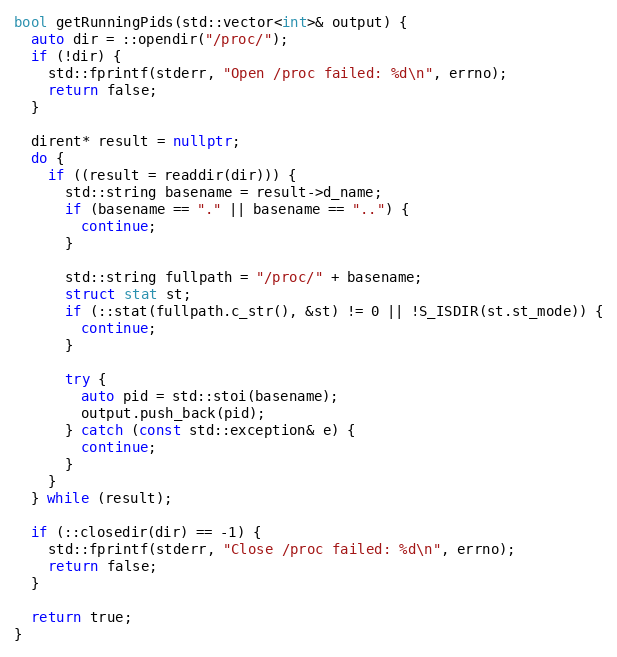
Language: C++
bool getRunningPids(std::vector<int>& output) {
  auto dir = ::opendir("/proc/");
  if (!dir) {
    std::fprintf(stderr, "Open /proc failed: %d\n", errno);
    return false;
  }

  dirent* result = nullptr;
  do {
    if ((result = readdir(dir))) {
      std::string basename = result->d_name;
      if (basename == "." || basename == "..") {
        continue;
      }

      std::string fullpath = "/proc/" + basename;
      struct stat st;
      if (::stat(fullpath.c_str(), &st) != 0 || !S_ISDIR(st.st_mode)) {
        continue;
      }

      try {
        auto pid = std::stoi(basename);
        output.push_back(pid);
      } catch (const std::exception& e) {
        continue;
      }
    }
  } while (result);

  if (::closedir(dir) == -1) {
    std::fprintf(stderr, "Close /proc failed: %d\n", errno);
    return false;
  }

  return true;
}